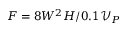
F = 8 W ^ { 2 } H / 0 . 1 \mathcal { V } _ { P }